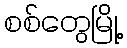
စစ်တွေမြို့